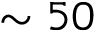
\sim 5 0